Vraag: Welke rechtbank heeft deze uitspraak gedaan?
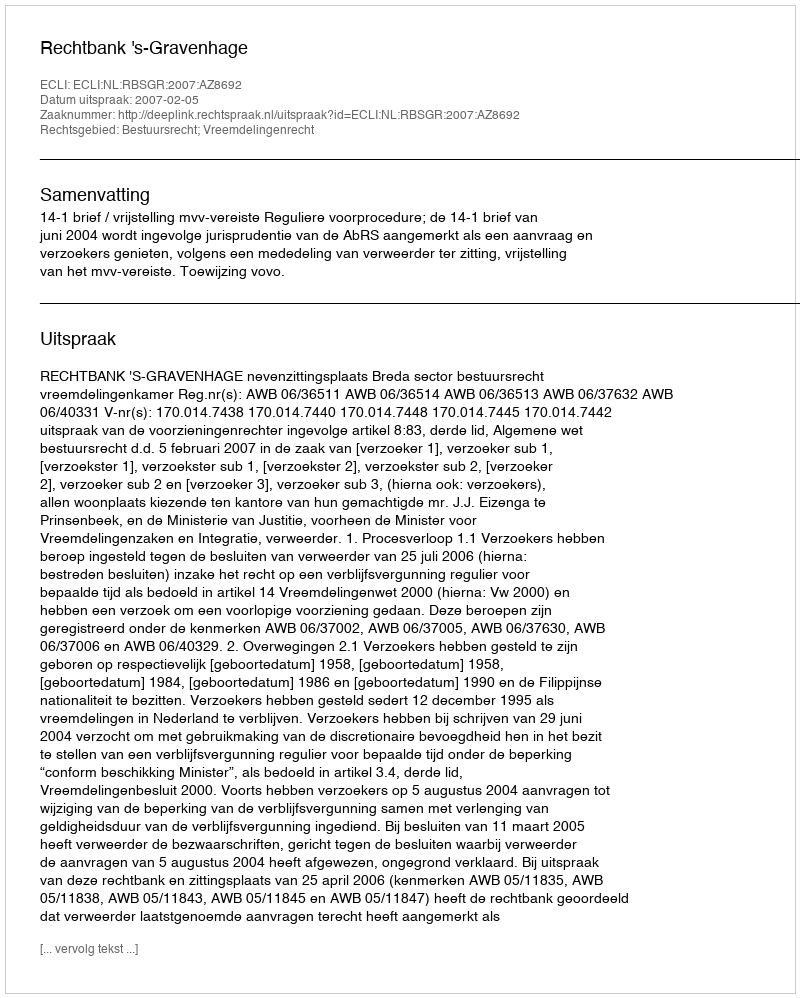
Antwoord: Rechtbank 's-Gravenhage